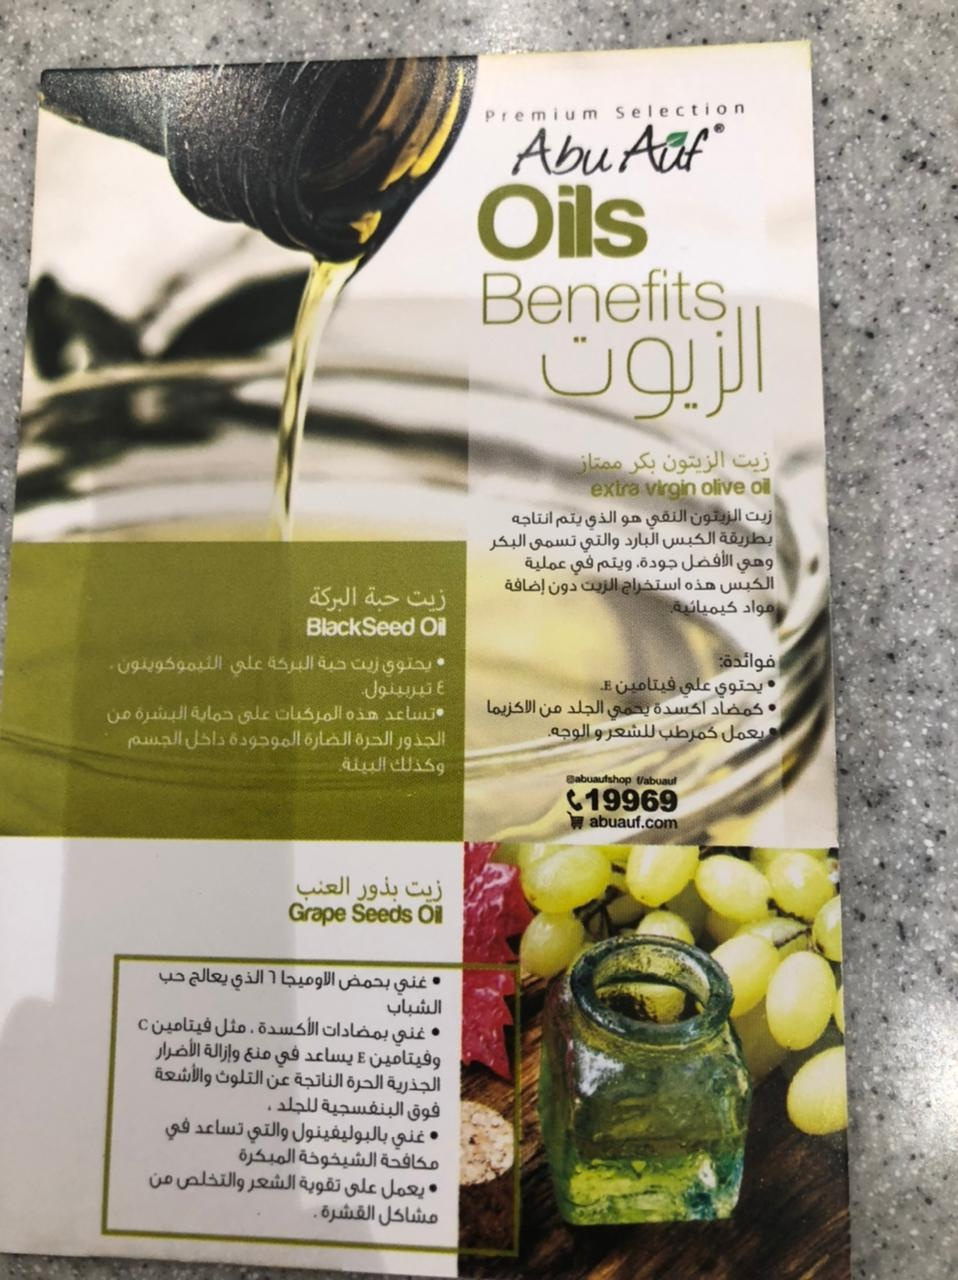
Text in image: زيت الزيتون بكر زيت هو انتاجه الزيتون يتم النقي الذي بطريقة الكبس البارد والتي تسمى البكر الأفضل جودة وهي عملية في ويتم هذه الكبس الزيت استخراج إضافة دون البركة زيت حبة كيميائية. مواد فوائدة: البركة حبة زيت الثيموكوينون يحتوي علي فيتامين علي يحتوي تيربينول الاكزيما الجلد اكسدة كمضاد من يحمي المركبات حماية تساعد على البشرة هذه من للشعر والوجه. كمرطب يعمل الجذور الجسم الضارة الحرة الموجودة داخل البيئة وكذلك العنب بذور زيت حب 6 يعالج الاوميجا الذي بحمض غني الشباب فيتامين مثل الأكسدة بمضادات غني الأضرار وإزالة منع في يساعد وفيتامين والأشعة التلوث الناتجة عن الحرة الجذرية للجلد البنفسجية فوق تساعد في والتي بالبوليفينول غني المبكرة الشيخوخة مكافحة والتخلص من الشعر على يعمل تقوية القشرة مشاكل Selection Premium Auf Abu Oils Benefits oil olive virgin extra Black Seed Oil E 19969 abuauf.com Grape Seeds Oil C E